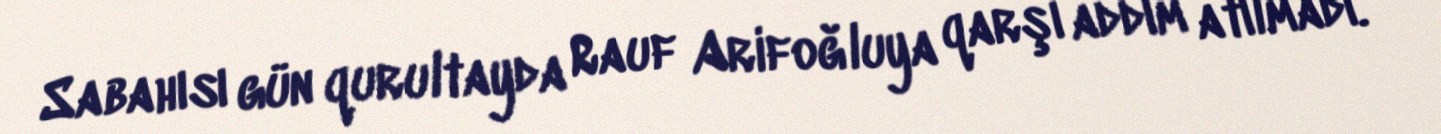
Sabahısı gün qurultayda Rauf Arifoğluya qarşı addım atılmadı.